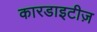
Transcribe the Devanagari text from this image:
कारडाइटीज़